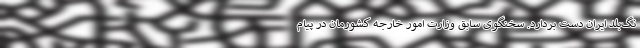
نگ‌بلد ایران دست بردارد. سخنگوی سابق وزارت امور خارجه کشورمان در پیام